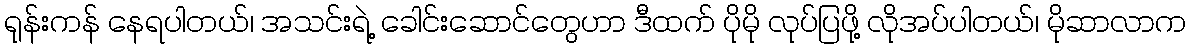
ရုန်းကန် နေရပါတယ်၊ အသင်းရဲ့ ခေါင်းဆောင်တွေဟာ ဒီထက် ပိုမို လုပ်ပြဖို့ လိုအပ်ပါတယ်၊ မိုဆာလာက